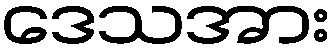
ဒေသအား